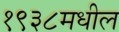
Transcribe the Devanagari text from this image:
१९३८मधील